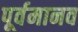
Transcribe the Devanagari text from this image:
पूर्वमानव